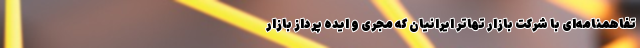
تفاهمنامه‌ای با شرکت بازار تهاتر ایرانیان که مجری و ایده پرداز بازار